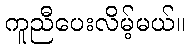
ကူညီပေးလိမ့်မယ်။